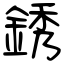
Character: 銹